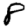
Digit: 8